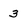
Character: 3